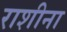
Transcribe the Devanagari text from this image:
राशीना